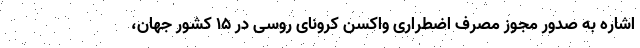
اشاره به صدور مجوز مصرف اضطراری واکسن کرونای روسی در ۱۵ کشور جهان،